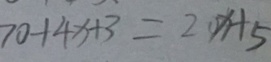
7 0 + 4 x + 3 = 2 0 x + 5